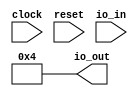
module LastConnect( // @[:@3.2]
  input        clock, // @[:@4.4]
  input        reset, // @[:@5.4]
  input  [3:0] io_in, // @[:@6.4]
  output [3:0] io_out // @[:@6.4]
);
  assign io_out = 4'h4; // @[MyOperators.scala 21:10:@8.4 MyOperators.scala 22:10:@9.4 MyOperators.scala 23:10:@10.4 MyOperators.scala 24:10:@11.4]
endmodule